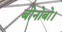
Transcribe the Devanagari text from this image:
बोनोबो।